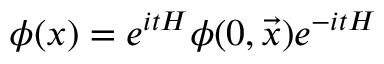
\phi ( x ) = e ^ { i t H } \phi ( 0 , \vec { x } ) e ^ { - i t H }